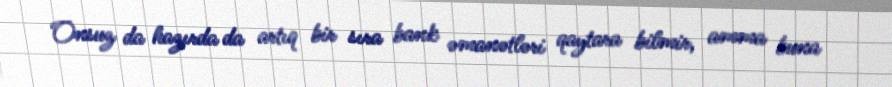
Onsuz da hazırda da artıq bir sıra bank əmanətləri qaytara bilmir, amma buna